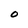
Character: O